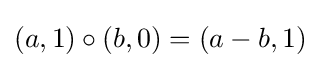
(a,1)\circ (b,0)=(a-b,1)